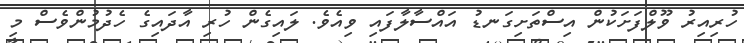
ހުރިއިރު ވޫލްފަށަކުން އިސްތަށިގަނޑު އައްސާލާފައި ވިއެވެ. ލައިގެން ހުރި އާދައިގެ ހެދުމުންވެސް މި